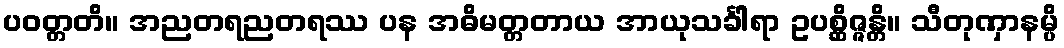
ပဝတ္တတိ။ အညတရညတရဿ ပန အဓိမတ္တတာယ အာယုသင်္ခါရာ ဥပစ္ဆိဇ္ဇန္တိ။ သီတုဏှာနမ္ပိ